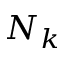
N _ { k }